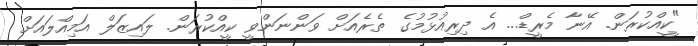
"ކީއްކުރަން. އޭނާ މެރީޑް... އެ ދިރިއުޅުމުގެ ތެރެއަށް ވަންނަންވީ ކީއްކުރަން. ލައިޒަލް އަމިއްލައަށް